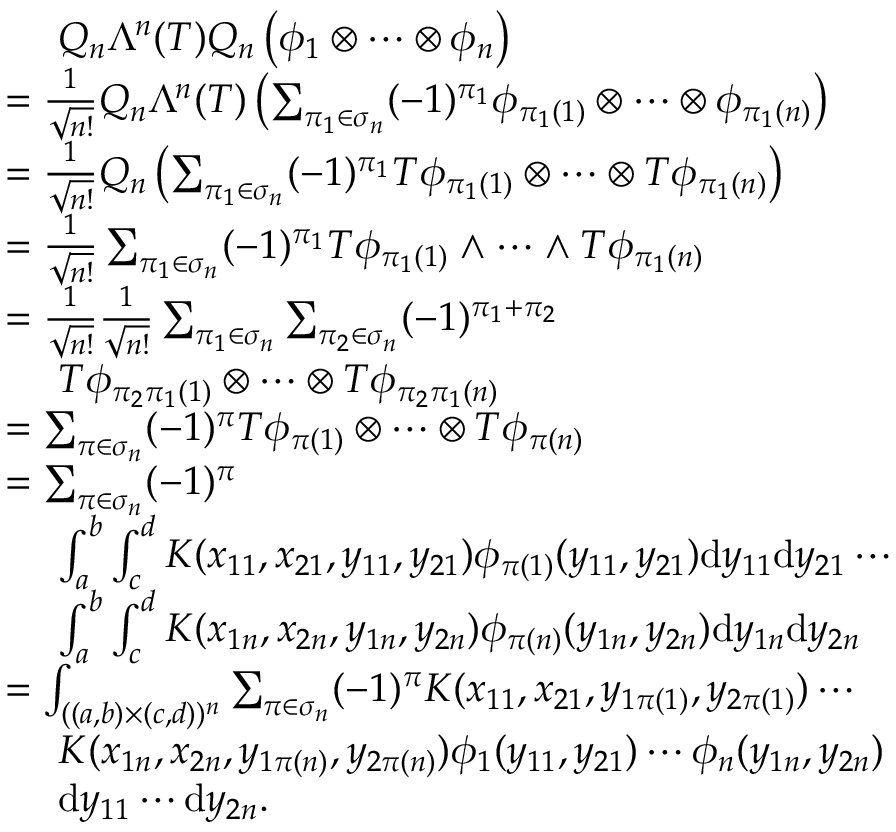
\begin{array} { r l } & { ~ ~ ~ ~ Q _ { n } \Lambda ^ { n } ( T ) Q _ { n } \left( \phi _ { 1 } \otimes \cdots \otimes \phi _ { n } \right) } \\ & { = \frac { 1 } { \sqrt { n ! } } Q _ { n } \Lambda ^ { n } ( T ) \left( \sum _ { \pi _ { 1 } \in \sigma _ { n } } ( - 1 ) ^ { \pi _ { 1 } } \phi _ { \pi _ { 1 } ( 1 ) } \otimes \cdots \otimes \phi _ { \pi _ { 1 } ( n ) } \right) } \\ & { = \frac { 1 } { \sqrt { n ! } } Q _ { n } \left( \sum _ { \pi _ { 1 } \in \sigma _ { n } } ( - 1 ) ^ { \pi _ { 1 } } T \phi _ { \pi _ { 1 } ( 1 ) } \otimes \cdots \otimes T \phi _ { \pi _ { 1 } ( n ) } \right) } \\ & { = \frac { 1 } { \sqrt { n ! } } \sum _ { \pi _ { 1 } \in \sigma _ { n } } ( - 1 ) ^ { \pi _ { 1 } } T \phi _ { \pi _ { 1 } ( 1 ) } \wedge \cdots \wedge T \phi _ { \pi _ { 1 } ( n ) } } \\ & { = \frac { 1 } { \sqrt { n ! } } \frac { 1 } { \sqrt { n ! } } \sum _ { \pi _ { 1 } \in \sigma _ { n } } \sum _ { \pi _ { 2 } \in \sigma _ { n } } ( - 1 ) ^ { \pi _ { 1 } + \pi _ { 2 } } } \\ & { ~ ~ ~ ~ T \phi _ { \pi _ { 2 } \pi _ { 1 } ( 1 ) } \otimes \cdots \otimes T \phi _ { \pi _ { 2 } \pi _ { 1 } ( n ) } } \\ & { = \sum _ { \pi \in \sigma _ { n } } ( - 1 ) ^ { \pi } T \phi _ { \pi ( 1 ) } \otimes \cdots \otimes T \phi _ { \pi ( n ) } } \\ & { = \sum _ { \pi \in \sigma _ { n } } ( - 1 ) ^ { \pi } } \\ & { ~ ~ ~ ~ \int _ { a } ^ { b } \int _ { c } ^ { d } K ( x _ { 1 1 } , x _ { 2 1 } , y _ { 1 1 } , y _ { 2 1 } ) \phi _ { \pi ( 1 ) } ( y _ { 1 1 } , y _ { 2 1 } ) \mathrm { d } y _ { 1 1 } \mathrm { d } y _ { 2 1 } \cdots } \\ & { ~ ~ ~ ~ \int _ { a } ^ { b } \int _ { c } ^ { d } K ( x _ { 1 n } , x _ { 2 n } , y _ { 1 n } , y _ { 2 n } ) \phi _ { \pi ( n ) } ( y _ { 1 n } , y _ { 2 n } ) \mathrm { d } y _ { 1 n } \mathrm { d } y _ { 2 n } } \\ & { = \int _ { ( ( a , b ) \times ( c , d ) ) ^ { n } } \sum _ { \pi \in \sigma _ { n } } ( - 1 ) ^ { \pi } K ( x _ { 1 1 } , x _ { 2 1 } , y _ { 1 \pi ( 1 ) } , y _ { 2 \pi ( 1 ) } ) \cdots } \\ & { ~ ~ ~ ~ K ( x _ { 1 n } , x _ { 2 n } , y _ { 1 \pi ( n ) } , y _ { 2 \pi ( n ) } ) \phi _ { 1 } ( y _ { 1 1 } , y _ { 2 1 } ) \cdots \phi _ { n } ( y _ { 1 n } , y _ { 2 n } ) } \\ & { ~ ~ ~ ~ \mathrm { d } y _ { 1 1 } \cdots \mathrm { d } y _ { 2 n } . } \end{array}